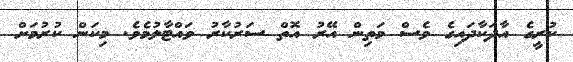
ކުރީގެ އާދަކާދައިގެ ވެސް މަތިން އޭރު އޮތް ސަރުކާރު ވައްޓާލުމެވެ. މިކަން ކުރުމަށް